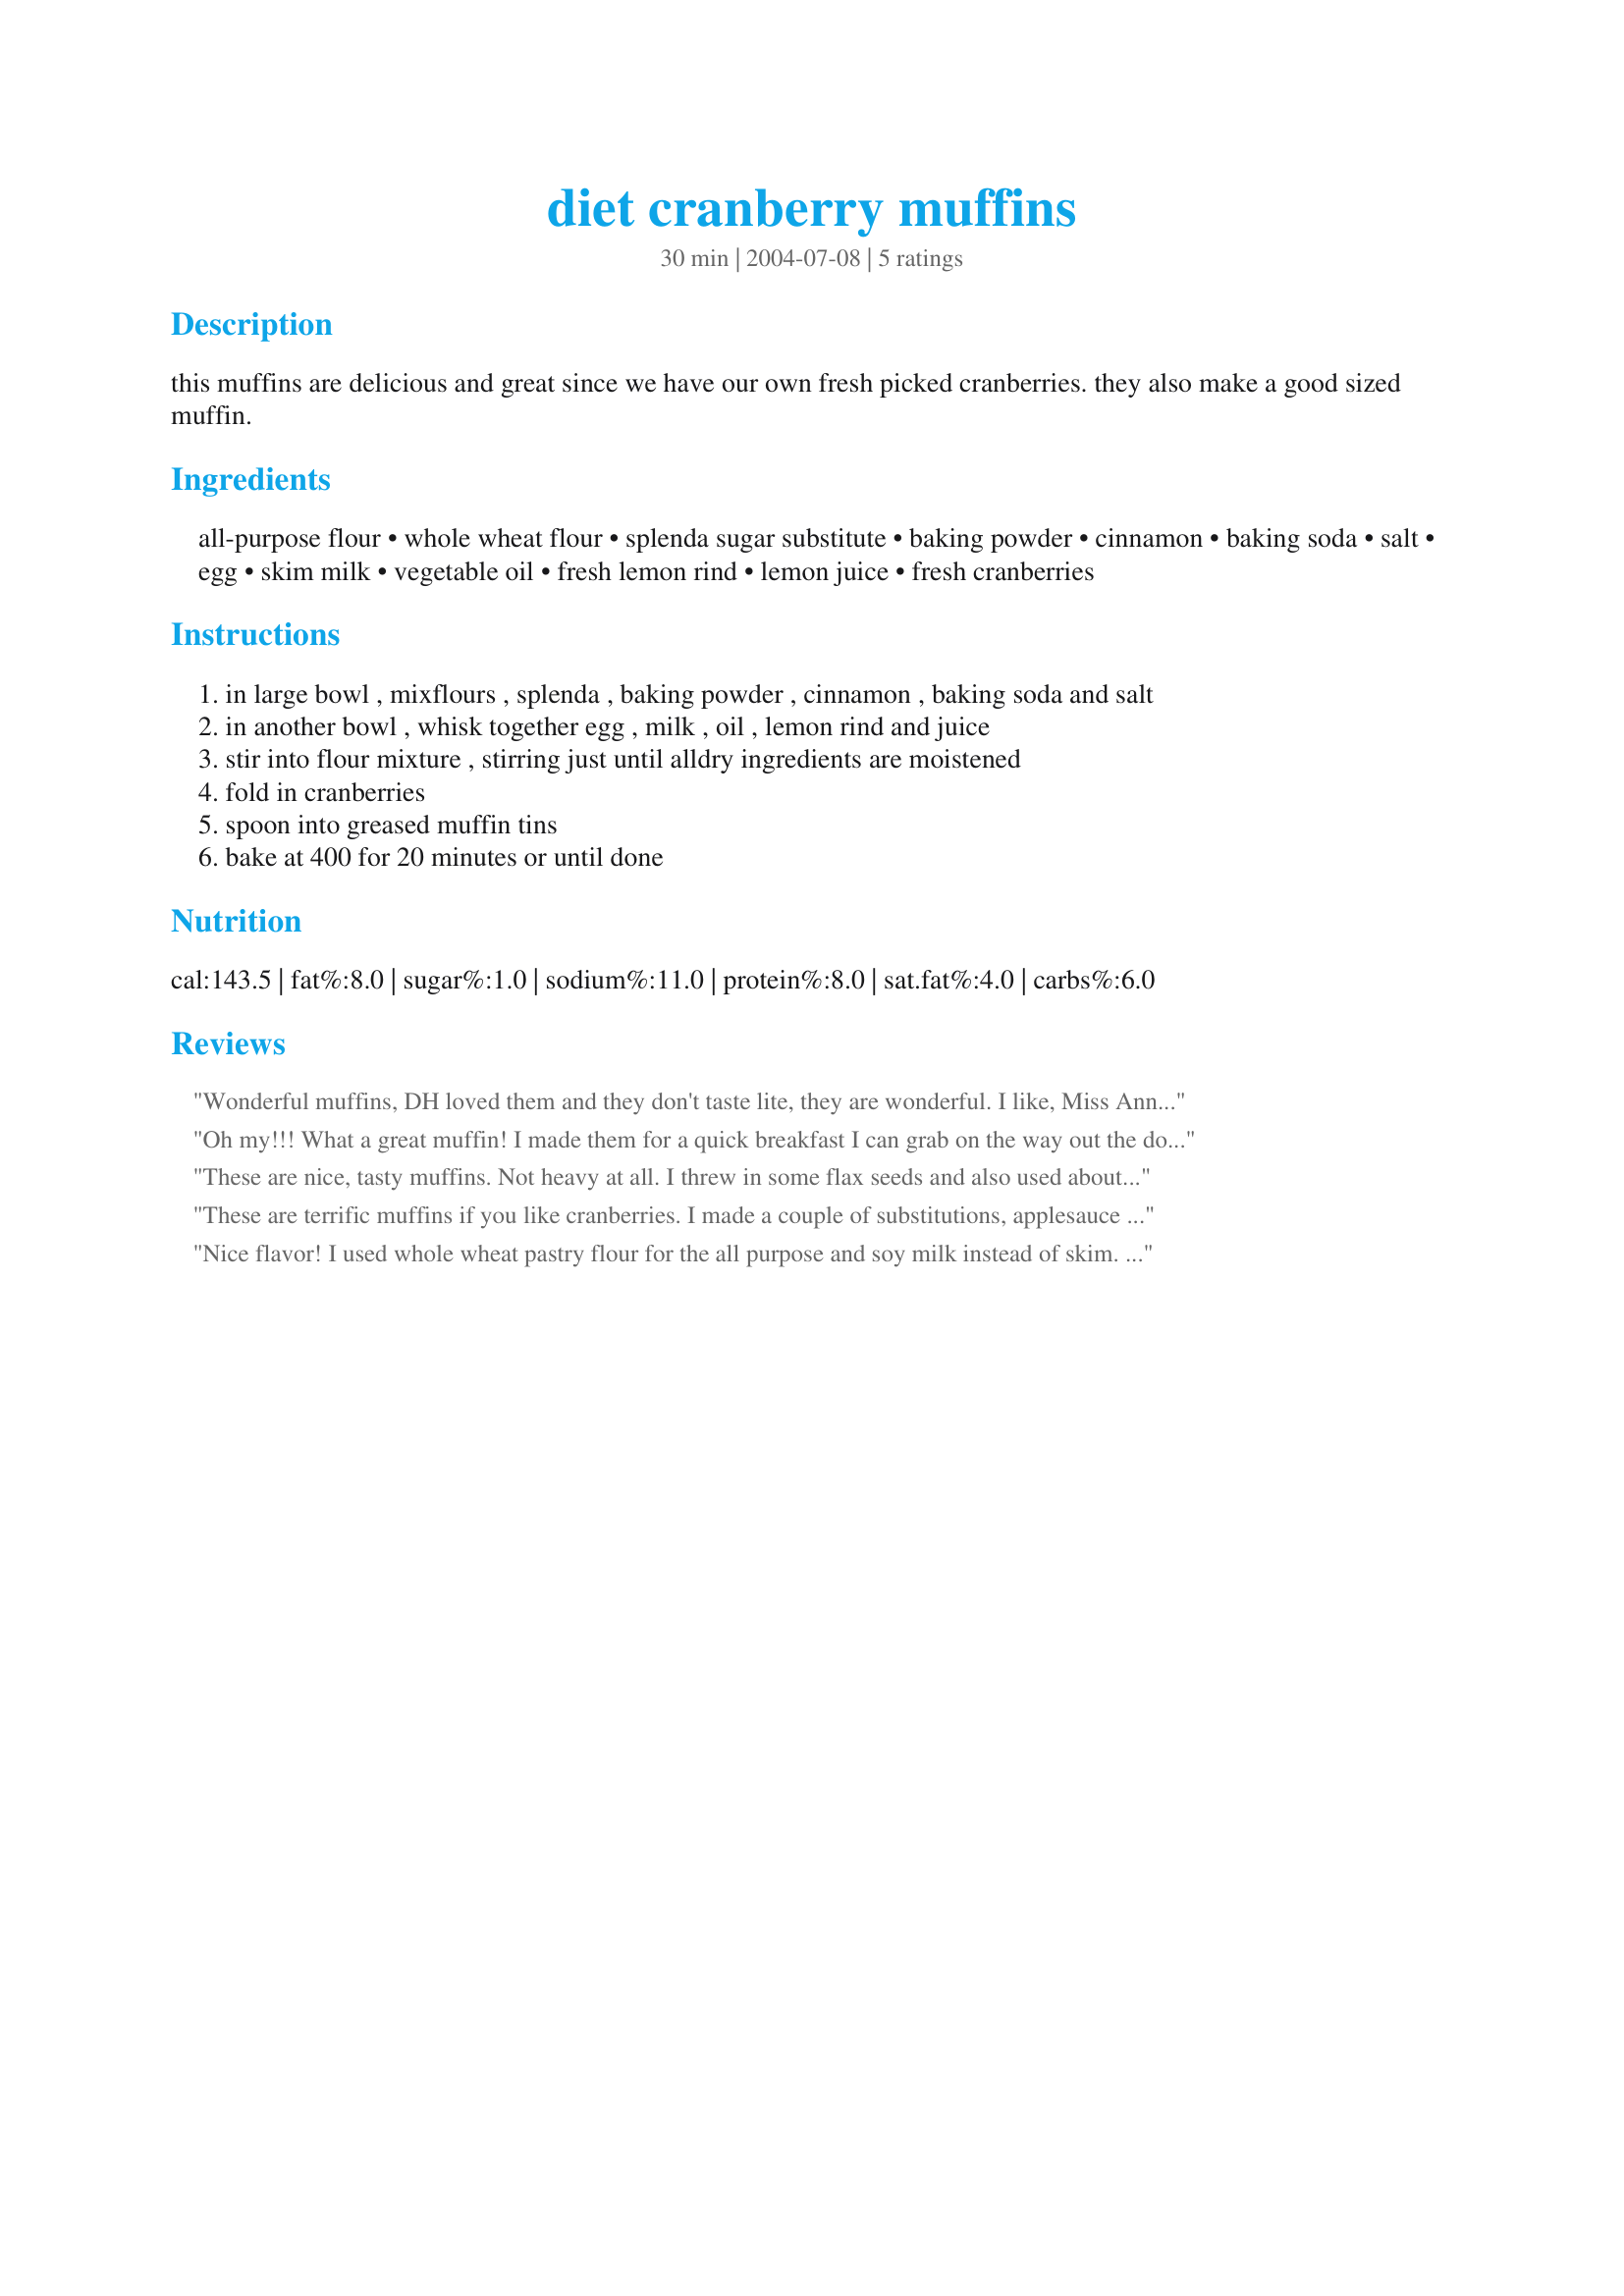
diet cranberry muffins
Preparation time: 30 minutes

this muffins are delicious and great since we have our own fresh picked cranberries. they also make a good sized muffin.

Ingredients:
all-purpose flour, whole wheat flour, splenda sugar substitute, baking powder, cinnamon, baking soda, salt, egg, skim milk, vegetable oil, fresh lemon rind, lemon juice, fresh cranberries

Steps:
in large bowl , mixflours , splenda , baking powder , cinnamon , baking soda and salt
in another bowl , whisk together egg , milk , oil , lemon rind and juice
stir into flour mixture , stirring just until alldry ingredients are moistened
fold in cranberries
spoon into greased muffin tins
bake at 400 for 20 minutes or until done

Reviews:
Wonderful muffins, DH loved them and they don't taste lite, they are wonderful. I like, Miss Annie, used egg beaters, applesauce and extra cranberries. Yummy! Thanks for posting!
Oh my!!! What a great muffin! I made them for a quick breakfast I can grab on the way out the door and eat in the car and they went fast! I think I blew the diet part by having four at one time with loads of butter...
Great flavor and next time I'll try adding some blueberries.

These are nice, tasty muffins. Not heavy at all. I threw in some flax seeds and also used about double the cranberries (frozen) because I love the sour tang they give each bite. I may try these again with applesauce instead of the oil and see how they come out, sometimes applesauce changes the texture a bit. This recipe is a keeper for sure!!
These are terrific muffins if you like cranberries. I made a couple of substitutions, applesauce for the 1/4 cup oil, egg beaters for the egg, no salt (I'm salt sensitive) and added 1/2 extra cup of cranberries (just because I like them). I will definatly make them again.
Nice flavor! I used whole wheat pastry flour for the all purpose and soy milk instead of skim. I omitted the lemon rind because I didn't have any, and used frozen cranberries. Good taste. I also used a few more cranberries then called for because I was finishing up a bag. Certainly the recipe I will come back to when I need to use up more frozen cranberries!
